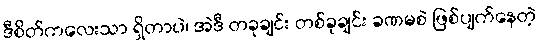
ဒီစိတ်ကလေးသာ ရှိတာပဲ၊ အဲဒီ တခုချင်း တစ်ခုချင်း ခဏမစဲ ဖြစ်ပျက်နေတဲ့